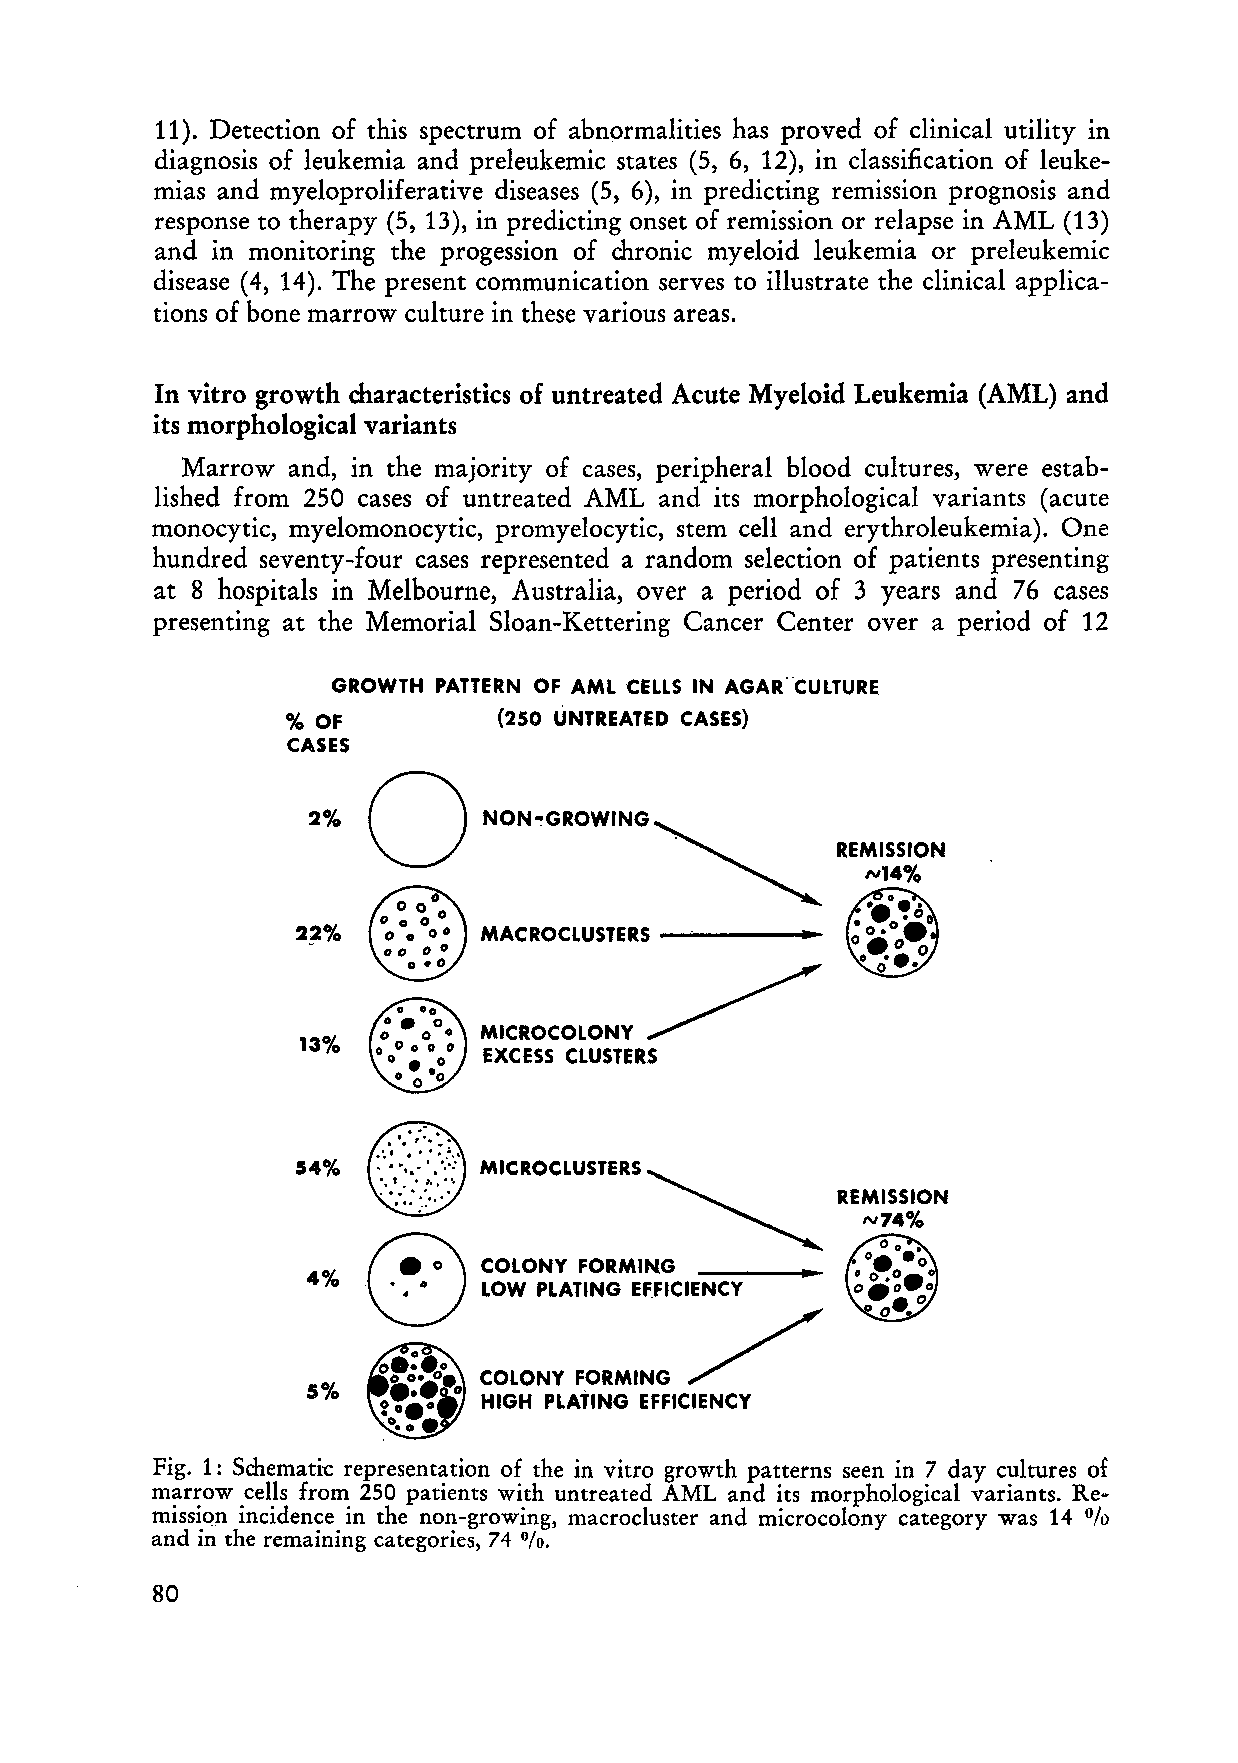
11). Detection of this spectrum of abnormalities has proved of clinical utility in
 diagnosis of leukemia and preleukemic states (5, 6, 12), in classification of leuke
 mias and myeloproliferative diseases (5, 6), in predicting remission pro gnosis and
 response to therapy (5, 13), in predicting onset of remission or relapse in AML (13)
 and in monitoring the progession of chronic myeloid leukemia or preleukemic
 disease (4, 14). The present communication serves to illustrate the clinical applica
 tions of bone marrow culture in these various areas.
 In vitro growth characteristics of untreated Acute Myeloid Leukemia (AML) and
 its morphological variants
 Marrow and, in the majority of cases, peripheral blood cultures, were estab
 lished from 250 cases of untreated AML and its morphological variants (acute
 monocytic, myelomonocytic, promyelocytic, stern cell and erythroleukemia). One
 hundred seventy-four cases represented a random selection of patients presenting
 at 8 hospitals in Melbourne, Australia, over aperiod of 3 years and 76 cases
 presenting at the Memorial Sloan-Kettering Cancer Center over aperiod of 12
 GROWTH PATTERN OF AML CELLS IN AGAR''cULTURE
 % OF          (250 UNTREATED CASES)
 CASES
 2%
 13%
 Fig. 1: Schematic representation of the in vitro growth patterns seen in 7 day cultures of
 marrow cells from 250 patients with untreated AML and its morphological variants. Re
 mission incidence in the non-growing, macrocluster and microcolony category was 14
 %
 and in the remaining categories, 74
 %.
 80